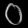
Digit: ၀